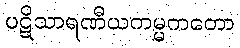
ပဋိသာရဏီယကမ္မကတော